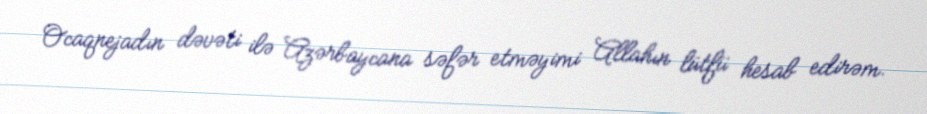
Ocaqnejadın dəvəti ilə Azərbaycana səfər etməyimi Allahın lütfü hesab edirəm.